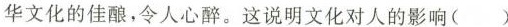
华文化的佳酿，令人心醉。这说明文化对人的影响( )